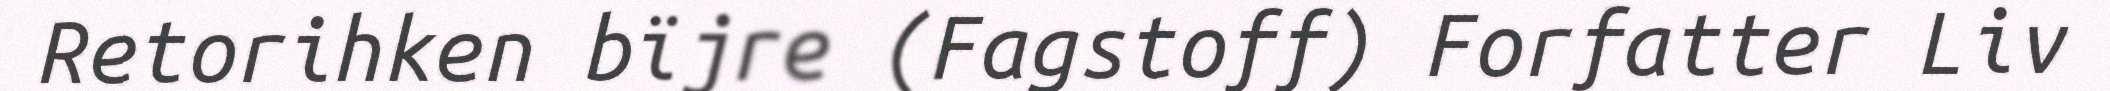
Retorihken bïjre (Fagstoff) Forfatter Liv